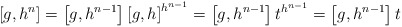
\begin{align*} \left[g,h^n\right] = \left[g,h^{n-1}\right] \left[g,h\right]^{h^{n-1}} = \left[g,h^{n-1}\right] t ^{h^{n-1}} = \left[g,h^{n-1}\right] t\end{align*}